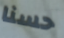
حسنا